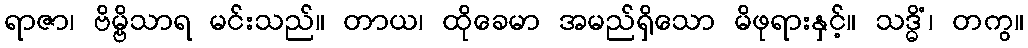
ရာဇာ၊ ဗိမ္ဗိသာရ မင်းသည်။ တာယ၊ ထိုခေမာ အမည်ရှိသော မိဖုရားနှင့်။ သဒ္ဓိံ၊ တကွ။